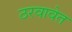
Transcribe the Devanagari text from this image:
ठरवावेत